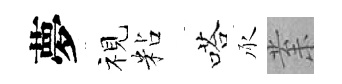
夢视粘嗒承𭪙